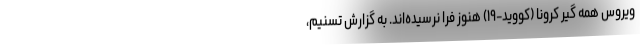
ویروس همه گیر کرونا (کووید-۱۹) هنوز فرا نرسیده‌اند. به گزارش تسنیم،